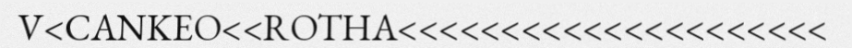
V<CANKEO<<ROTHA<<<<<<<<<<<<<<<<<<<<<